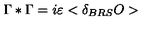
\Gamma * \Gamma = i \varepsilon < \delta _ { B R S } O >